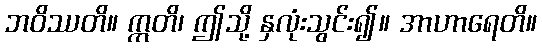
ဘဝိဿတိ။ ဣတိ၊ ဤသို့ နှလုံးသွင်း၍။ အာဟာရေတိ။